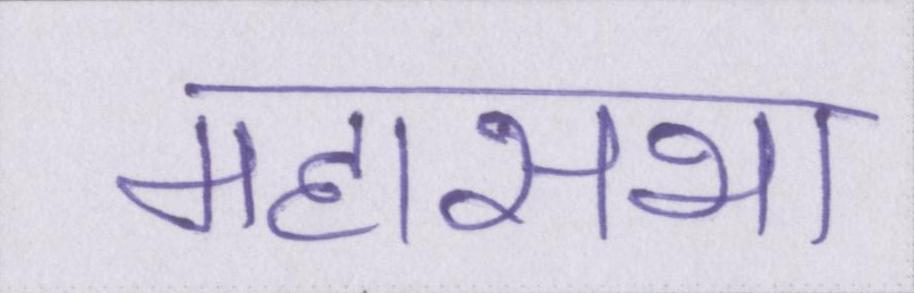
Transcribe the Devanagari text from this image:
महासभा